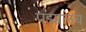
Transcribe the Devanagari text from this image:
पद्मालय